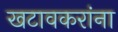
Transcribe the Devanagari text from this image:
खटावकरांना